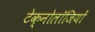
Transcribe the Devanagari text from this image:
टेक्नोलॉजियों